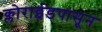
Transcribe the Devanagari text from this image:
क्लोराईडपासून